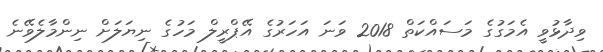
ވިދާޅުވީ އެމަގުގެ މަސައްކަތް 2018 ވަނަ އަހަރުގެ އޭޕްރީލް މަހުގެ ނިޔަލަށް ނިންމާލެވޭނެ